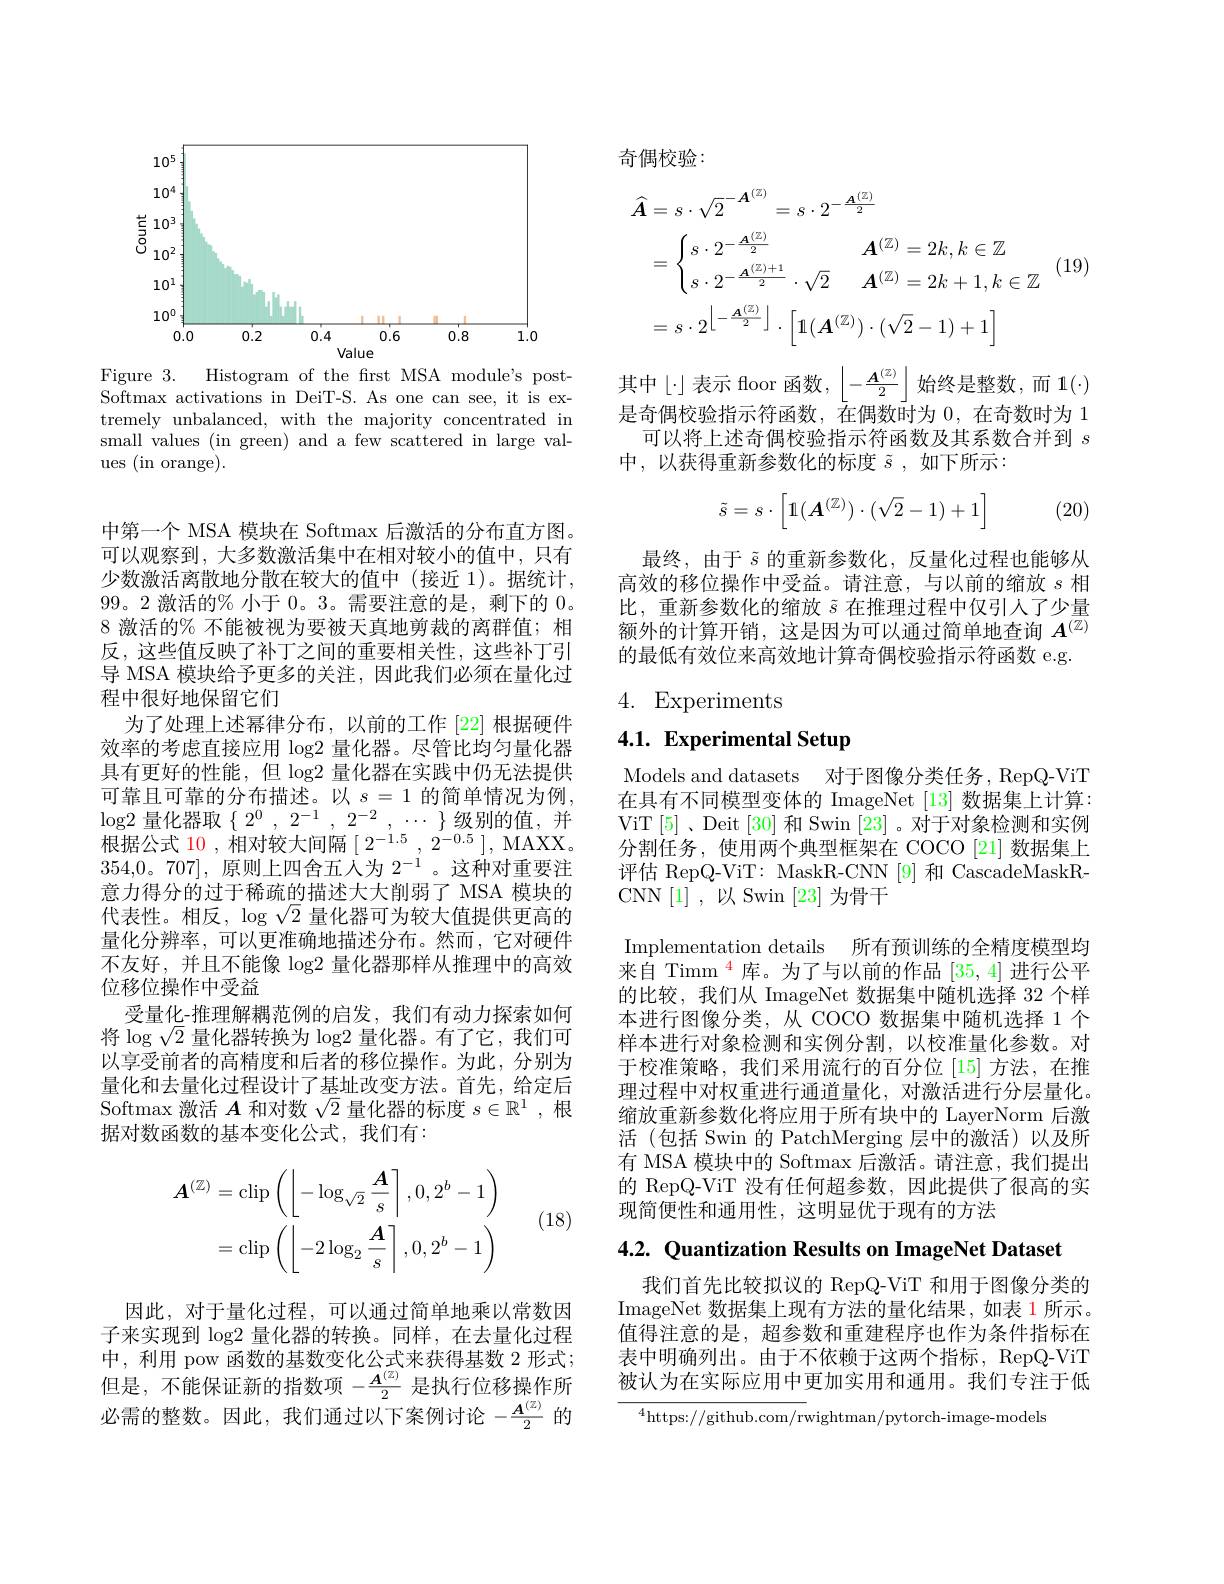
<FigureHere>
Figure 3.
Histogram of the first MSA module's post-

Softmax activations in DeiT-S. As one can see, it is extremely unbalanced, with the majority concentrated in small values (in green) and a few scattered in large values (in orange).

中第一个 MSA 模块在 Softmax 后激活的分布直方图。可以观察到，大多数激活集中在相对较小的值中，只有少数激活离散地分散在较大的值中(接近1)。据统计， 99。2 激活的% 小于0。3。需要注意的是，剩下的0。8 激活的% 不能被视为要被天真地剪裁的离群值；相反，这些值反映了补丁之间的重要相关性，这些补丁引导 MSA 模块给予更多的关注，因此我们必须在量化过程中很好地保留它们
为了处理上述幂律分布，以前的工作 [22] 根据硬件效率的考虑直接应用$\log2$量化器。尽管比均匀量化器具有更好的性能，但$\log2$量化器在实践中仍无法提供可靠且可靠的分布描述。以$s=1$的简单情况为例， $\log2$ 量化器取$\{2^0,2^{-1},2^{-2},\cdots\}$级别的值，并根据公式 10 , 相对较大间隔$[2^{-1.5},2^{-0.5}]$, MAXX。354,0。707],原则上四舍五人为 $2^-1$。这种对重要注意力得分的过于稀疏的描述大大削弱了 MSA 模块的代表性。相反，$\log\sqrt{2}$量化器可为较大值提供更高的量化分辨率，可以更准确地描述分布。然而，它对硬件不友好，并且不能像$\log2$量化器那样从推理中的高效位移位操作中受益
受量化-推理解耦范例的启发，我们有动力探索如何将$\log\sqrt2$量化器转换为$\log2$量化器。有了它，我们可以享受前者的高精度和后者的移位操作。为此，分别为量化和去量化过程设计了基址改变方法。首先，给定后Softmax 激活$A$和对数$\sqrt2$量化器的标度$s\in\mathbb{R}^1$,根据对数函数的基本变化公式，我们有：
$$\begin{aligned}\boldsymbol{A}^{(\mathbb{Z})}&=\mathrm{clip}\left(\left\lfloor-\log_{\sqrt{2}}\frac{\boldsymbol{A}}{s}\right\rceil,0,2^{b}-1\right)\\&=\mathrm{clip}\left(\left\lfloor-2\log_{2}\frac{\boldsymbol{A}}{s}\right\rceil,0,2^{b}-1\right)\end{aligned}$$
(18)

因此，对于量化过程，可以通过简单地乘以常数因子来实现到$\log2$量化器的转换。同样，在去量化过程中，利用 pow 函数的基数变化公式来获得基数 2 形式； 但是，不能保证新的指数项$-\frac{A^{(\mathbb{Z})}}2$是执行位移操作所必需的整数。因此，我们通过以下案例讨论$-\frac{A^{(\mathbb{Z})}}2$的

奇偶校验：
$$\begin{aligned}\widehat{\boldsymbol{A}}&=s\cdot\sqrt{2}^{-\boldsymbol{A}^{(\mathbb{Z})}}=s\cdot2^{-\frac{\boldsymbol{A}^{(\mathbb{Z})}}{2}}\\&=\begin{cases}s\cdot2^{-\frac{\boldsymbol{A}^{(\mathbb{Z})}}{2}}\\s\cdot2^{-\frac{\boldsymbol{A}^{(\mathbb{Z})+1}}{2}}\cdot\sqrt{2}&\boldsymbol{A}^{(\mathbb{Z})}=2k+1,k\in\mathbb{Z}\end{cases}\\&=s\cdot2^{\left\lfloor-\frac{\boldsymbol{A}^{(\mathbb{Z})}}{2}\right\rfloor}\cdot\left[1(\boldsymbol{A}^{(\mathbb{Z})})\cdot(\sqrt{2}-1)+1\right]\end{aligned}$$
(19)

其中$\lfloor \cdot \rfloor 表 示 floor函 数 , \lfloor - \frac {A^{( \mathbb{Z} ) }}2\rfloor$ 始 终 是 整 数 , 而 1$( \cdot )$

是奇偶校验指示符函数，在偶数时为0，在奇数时为 1
可以将上述奇偶校验指示符函数及其系数合并到$s$
中，以获得重新参数化的标度 $\tilde{s}$,如下所示：
$$\tilde{s}=s\cdot\left[\mathbb1(\boldsymbol{A}^{(\mathbb Z)})\cdot(\sqrt2-1)+1\right]$$
(20)

最终，由于$\tilde{s}$的重新参数化，反量化过程也能够从高效的移位操作中受益。请注意，与以前的缩放$s$相比，重新参数化的缩放$\tilde{s}$在推理过程中仅引人了少量额外的计算开销，这是因为可以通过简单地查询$A^{(\overline{\mathbb{Z}})}$ 的最低有效位来高效地计算奇偶校验指示符函数 e.g

## 4. Experiments

# 4.1. Experimental Setup

Models and datasets 对于图像分类任务，RepQ-ViT 在具有不同模型变体的 ImageNet [13] 数据集上计算： ViT[5]、Deit[30] 和 Swin [23] 。对于对象检测和实例分割任务，使用两个典型框架在 COCO[21] 数据集上评估 RepQ-ViT: MaskR-CNN [9] 和 CascadeMaskRCNN[1],以 Swin [23]为骨干
Implementation details 所有预训练的全精度模型均来自 Timm $^{\color{red}{4}}$库。为了与以前的作品 [35,4] 进行公平的比较，我们从 ImageNet 数据集中随机选择 32 个样本进行图像分类，从 COCO 数据集中随机选择 1 个样本进行对象检测和实例分割，以校准量化参数。对于校准策略，我们采用流行的百分位[15]方法，在推理过程中对权重进行通道量化，对激活进行分层量化。缩放重新参数化将应用于所有块中的 LayerNorm 后激活(包括 Swin 的 PatchMerging 层中的激活)以及所有 MSA 模块中的 Softmax 后激活。请注意，我们提出的 RepQ-ViT 没有任何超参数，因此提供了很高的实现简便性和通用性，这明显优于现有的方法

4.2. Quantization Results on ImageNet Dataset

我们首先比较拟议的 RepQ-ViT 和用于图像分类的ImageNet 数据集上现有方法的量化结果，如表 1 所示。值得注意的是，超参数和重建程序也作为条件指标在表中明确列出。由于不依赖于这两个指标，RepQ-ViT 被认为在实际应用中更加实用和通用。我们专注于低

$^{4}$https://github.com/rwightman/pytorch-image-models